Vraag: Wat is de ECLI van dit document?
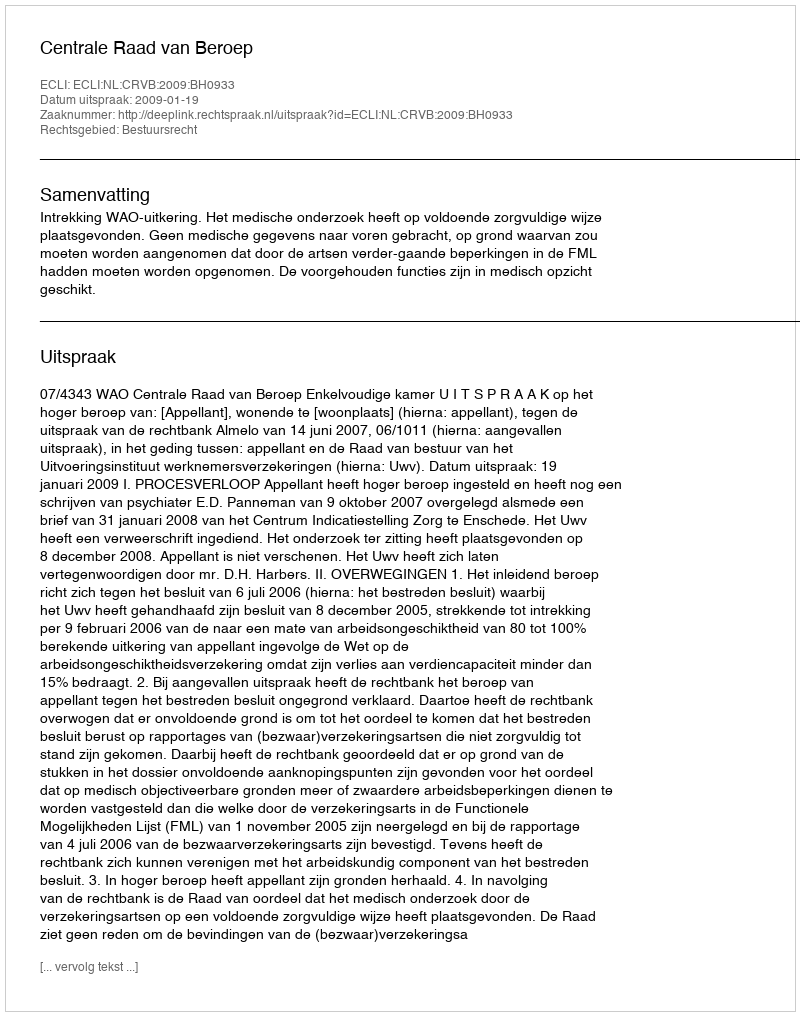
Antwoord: ECLI:NL:CRVB:2009:BH0933